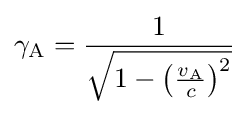
\gamma _{\mathrm {A} }={\frac {1}{\sqrt {1-\left({\frac {v_{\mathrm {A} }}{c}}\right)^{2}}}}